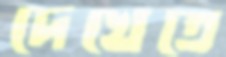
দেখেতে